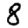
Digit: 8